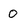
Character: 0